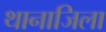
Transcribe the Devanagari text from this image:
थानाजिला